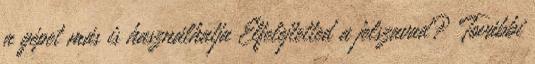
a gépet más is használhatja Elfelejtetted a jelszavad? További